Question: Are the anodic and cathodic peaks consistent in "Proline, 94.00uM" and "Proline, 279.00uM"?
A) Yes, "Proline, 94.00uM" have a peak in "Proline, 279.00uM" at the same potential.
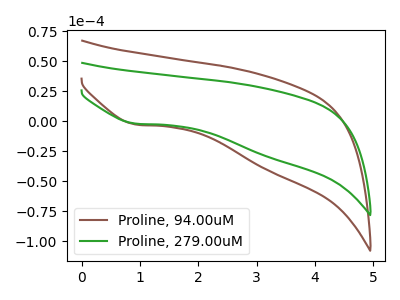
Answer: <think>The brown curve "Proline, 94.00uM" has a cathodic peak at: (0.95V, -2.65uA). The green curve "Proline, 279.00uM" has a cathodic peak at: (0.95V, -1.95uA).</think>
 <answer>A) Yes, "Proline, 94.00uM" have a peak in "Proline, 279.00uM" at the same potential.</answer>
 <eval>A</eval>